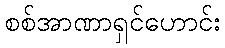
စစ်အာဏာရှင်ဟောင်း